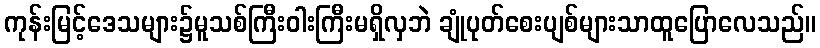
ကုန်းမြင့်ဒေသများ၌မူသစ်ကြီးဝါးကြီးမရှိလှဘဲ ချုံပုတ်စေးပျစ်များသာထူပြောလေသည်။